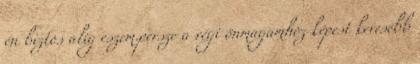
én biztos alig eszem.persze a régi önmagamhoz képest kevesebb